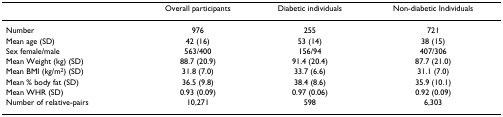
<table><thead><tr><td></td><td><b>Overall participants</b></td><td><b>Diabetic individuals</b></td><td><b>Non-diabetic Individuals</b></td></tr></thead><tbody><tr><td>Number</td><td>976</td><td>255</td><td>721</td></tr><tr><td>Mean age (SD)</td><td>42 (16)</td><td>53 (14)</td><td>38 (15)</td></tr><tr><td>Sex female/male</td><td>563/400</td><td>156/94</td><td>407/306</td></tr><tr><td>Mean Weight (kg) (SD)</td><td>88.7 (20.9)</td><td>91.4 (20.4)</td><td>87.7 (21.0)</td></tr><tr><td>Mean BMI (kg/m<sup>2</sup>) (SD)</td><td>31.8 (7.0)</td><td>33.7 (6.6)</td><td>31.1 (7.0)</td></tr><tr><td>Mean % body fat (SD)</td><td>36.5 (9.8)</td><td>38.4 (8.6)</td><td>35.9 (10.1)</td></tr><tr><td>Mean WHR (SD)</td><td>0.93 (0.09)</td><td>0.97 (0.06)</td><td>0.92 (0.09)</td></tr><tr><td>Number of relative-pairs</td><td>10,271</td><td>598</td><td>6,303</td></tr></tbody></table>